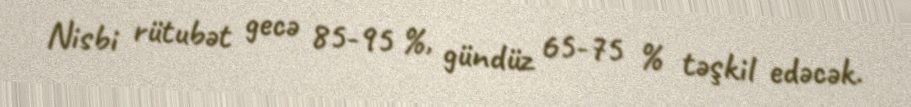
Nisbi rütubət gecə 85-95 %, gündüz 65-75 % təşkil edəcək.